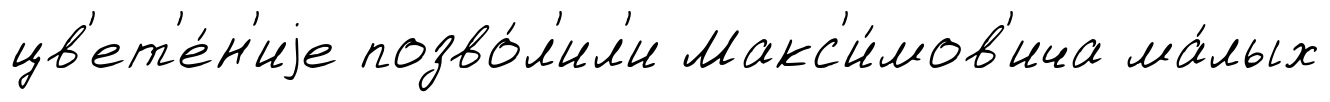
цв'ет'е́н'иjе позво́л'ил'и Макс'и́мов'ича ма́лых